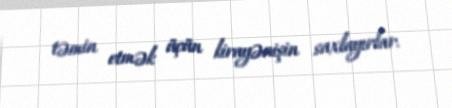
təmin etmək üçün kirayənişin saxlayırlar.